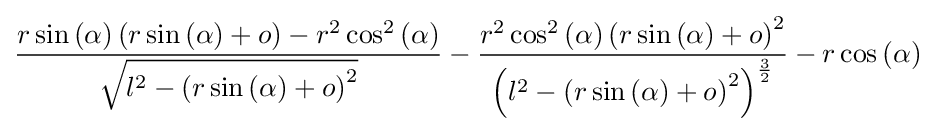
{\dfrac {r\sin \left({\alpha }\right)\left(r\sin \left({\alpha }\right)+o\right)-r^{2}\cos ^{2}\left({\alpha }\right)}{\sqrt {l^{2}-\left(r\sin \left({\alpha }\right)+o\right)^{2}}}}-{\dfrac {r^{2}\cos ^{2}\left({\alpha }\right)\left(r\sin \left({\alpha }\right)+o\right)^{2}}{\left(l^{2}-\left(r\sin \left({\alpha }\right)+o\right)^{2}\right)^{\frac {3}{2}}}}-r\cos \left({\alpha }\right)